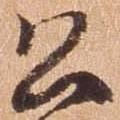
公